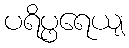
ပရိပ္ဖရေယျ